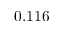
0 . 1 1 6